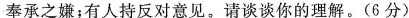
奉承之嫌；有人持反对意见。请谈谈你的理解。(6分)